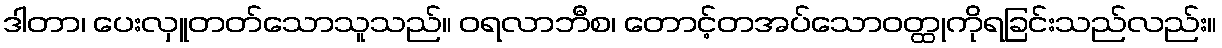
ဒါတာ၊ ပေးလှူတတ်သောသူသည်။ ဝရလာဘီစ၊ တောင့်တအပ်သောဝတ္ထုကိုရခြင်းသည်လည်း။